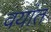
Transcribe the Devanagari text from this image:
वयांत